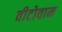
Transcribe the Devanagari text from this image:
वीटोवान